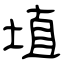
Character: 埴